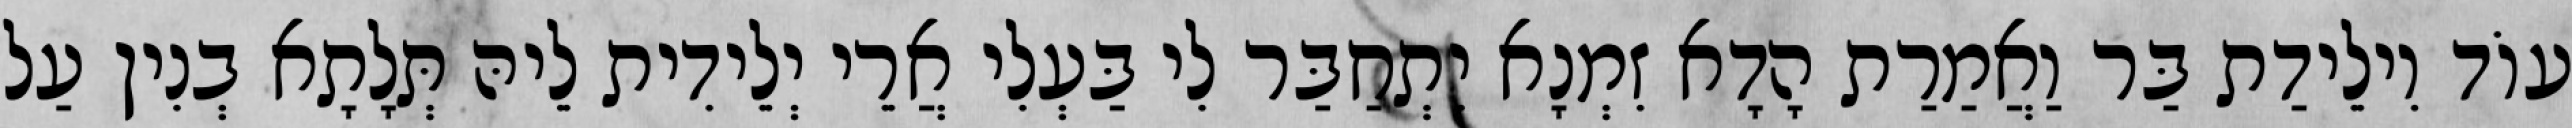
עוֹד וִילֵידַת בַּר וַאֲמַרַת הָדָא זִמְנָא יִתְחַבַּר לִי בַּעְלִי אֲרֵי יְלֵידִית לֵיהּ תְּלָתָא בְנִין עַל